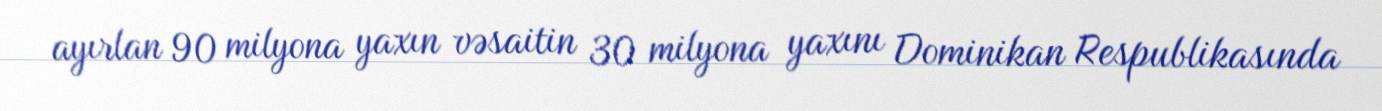
ayırlan 90 milyona yaxın vəsaitin 30 milyona yaxını Dominikan Respublikasında